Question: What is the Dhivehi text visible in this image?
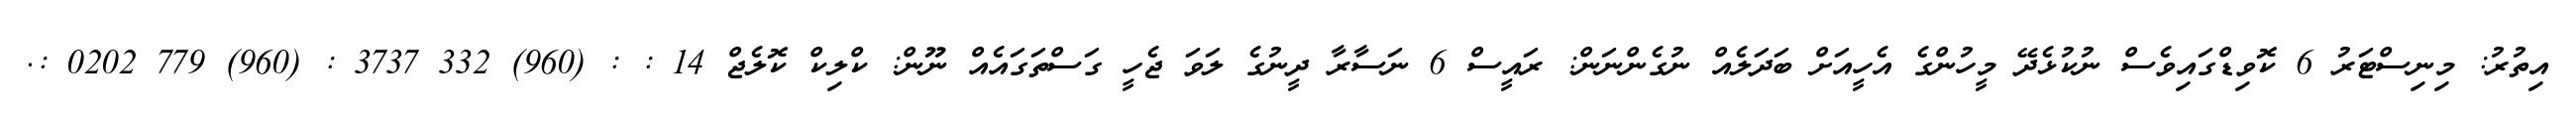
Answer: އިތުރު: މިނިސްޓަރު 6 ކޮވިޑްގައިވެސް ނުކުޅެދޭ މީހުންގެ އެހީއަށް ބަދަލެއް ނުގެންނަން: ރައީސް 6 ނަސާރާ ދީނުގެ ލަވަ ޖެހީ ގަސްތަގައެއް ނޫން: ކްލިކް ކޮލެޖް 14 : : (960) 332 3737 : (960) 779 0202 :.